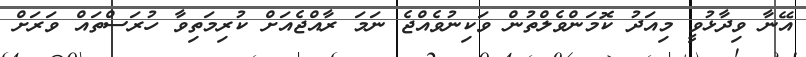
އޭނާ ވިދާޅުވީ މިއަދު ކޮމަންވެލްތުން ވަކިނުވެއްޖެ ނަމަ ރާއްޖެއަށް ކުރިމަތިވާ ހުރަސްތައް ވަރަށް